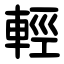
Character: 輕